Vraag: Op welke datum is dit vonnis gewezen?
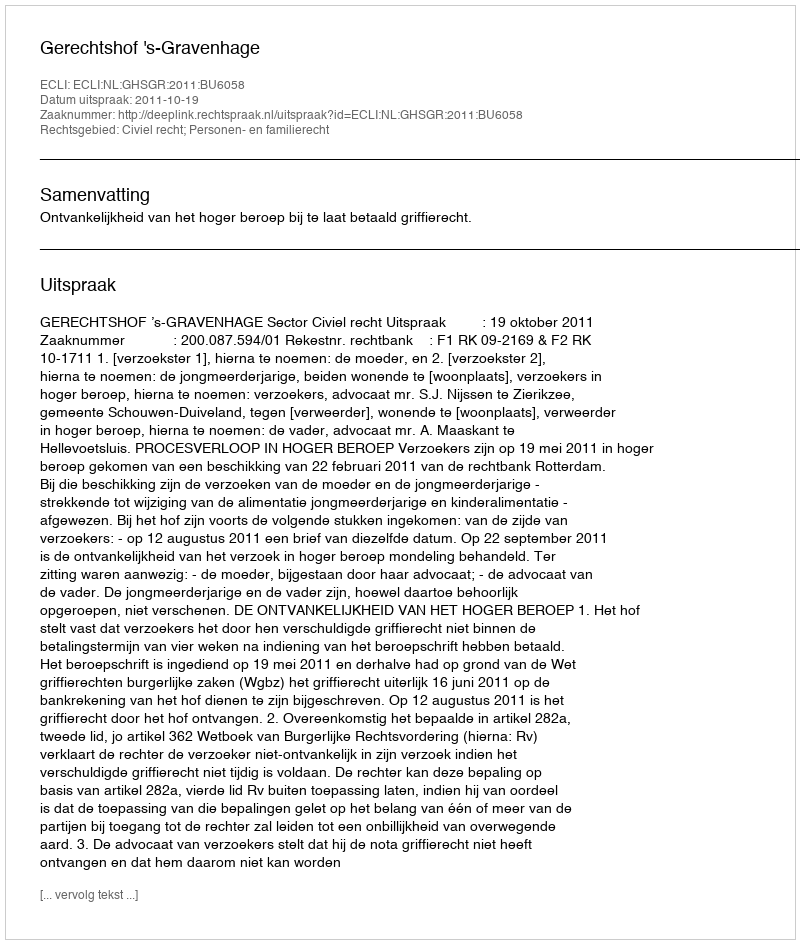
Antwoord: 2011-10-19